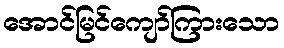
အောင်မြင်ကျော်ကြားသော